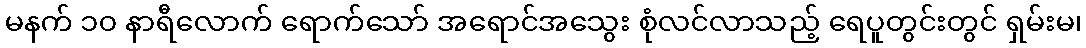
မနက် ၁၀ နာရီလောက် ရောက်သော် အရောင်အသွေး စုံလင်လာသည့် ရေပူတွင်းတွင် ရှမ်းမ၊